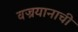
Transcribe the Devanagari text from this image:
वज्रयानाची